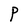
Character: P